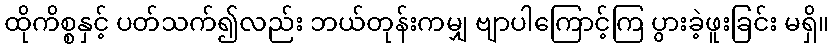
ထိုကိစ္စနှင့် ပတ်သက်၍လည်း ဘယ်တုန်းကမျှ ဗျာပါကြောင့်ကြ ပွားခဲ့ဖူးခြင်း မရှိ။